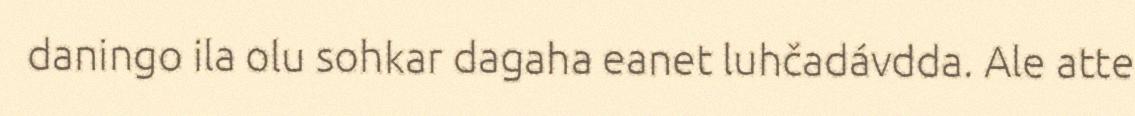
daningo ila olu sohkar dagaha eanet luhčadávdda. Ale atte